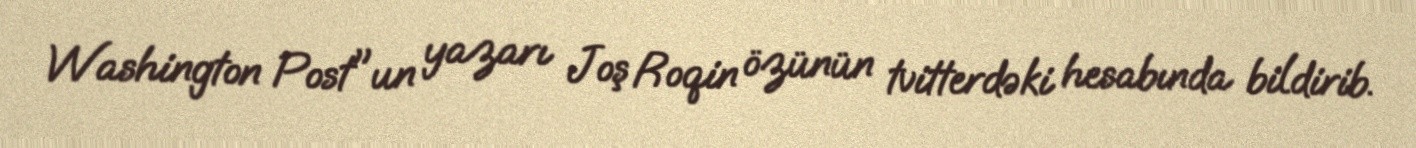
Washington Post"un yazarı Joş Roqin özünün tvitterdəki hesabında bildirib.